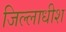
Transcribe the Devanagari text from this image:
जिल्लाधीश